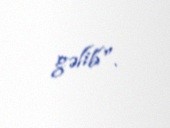
gəlib".